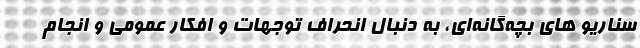
سناریو های بچه‌گانه‌ای، به دنبال انحراف توجهات و افکار عمومی و انجام